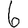
Digit: 6